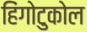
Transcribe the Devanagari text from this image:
हिंगोटुकोल